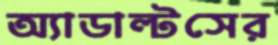
অ্যাডাল্টসের